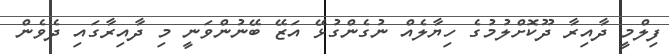
ފިލްމީ ދާއިރާ ދޫކޮށްލުމުގެ ހިޔާލެއް ނުގެންގުޅޭ އަޒޭ ބޭނުންވަނީ މި ދާއިރާގައި ދެވެން